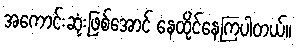
အကောင်းဆုံးဖြစ်အောင် နေထိုင်နေကြပါတယ်။